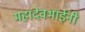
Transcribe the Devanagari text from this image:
महादेवभाईंनी